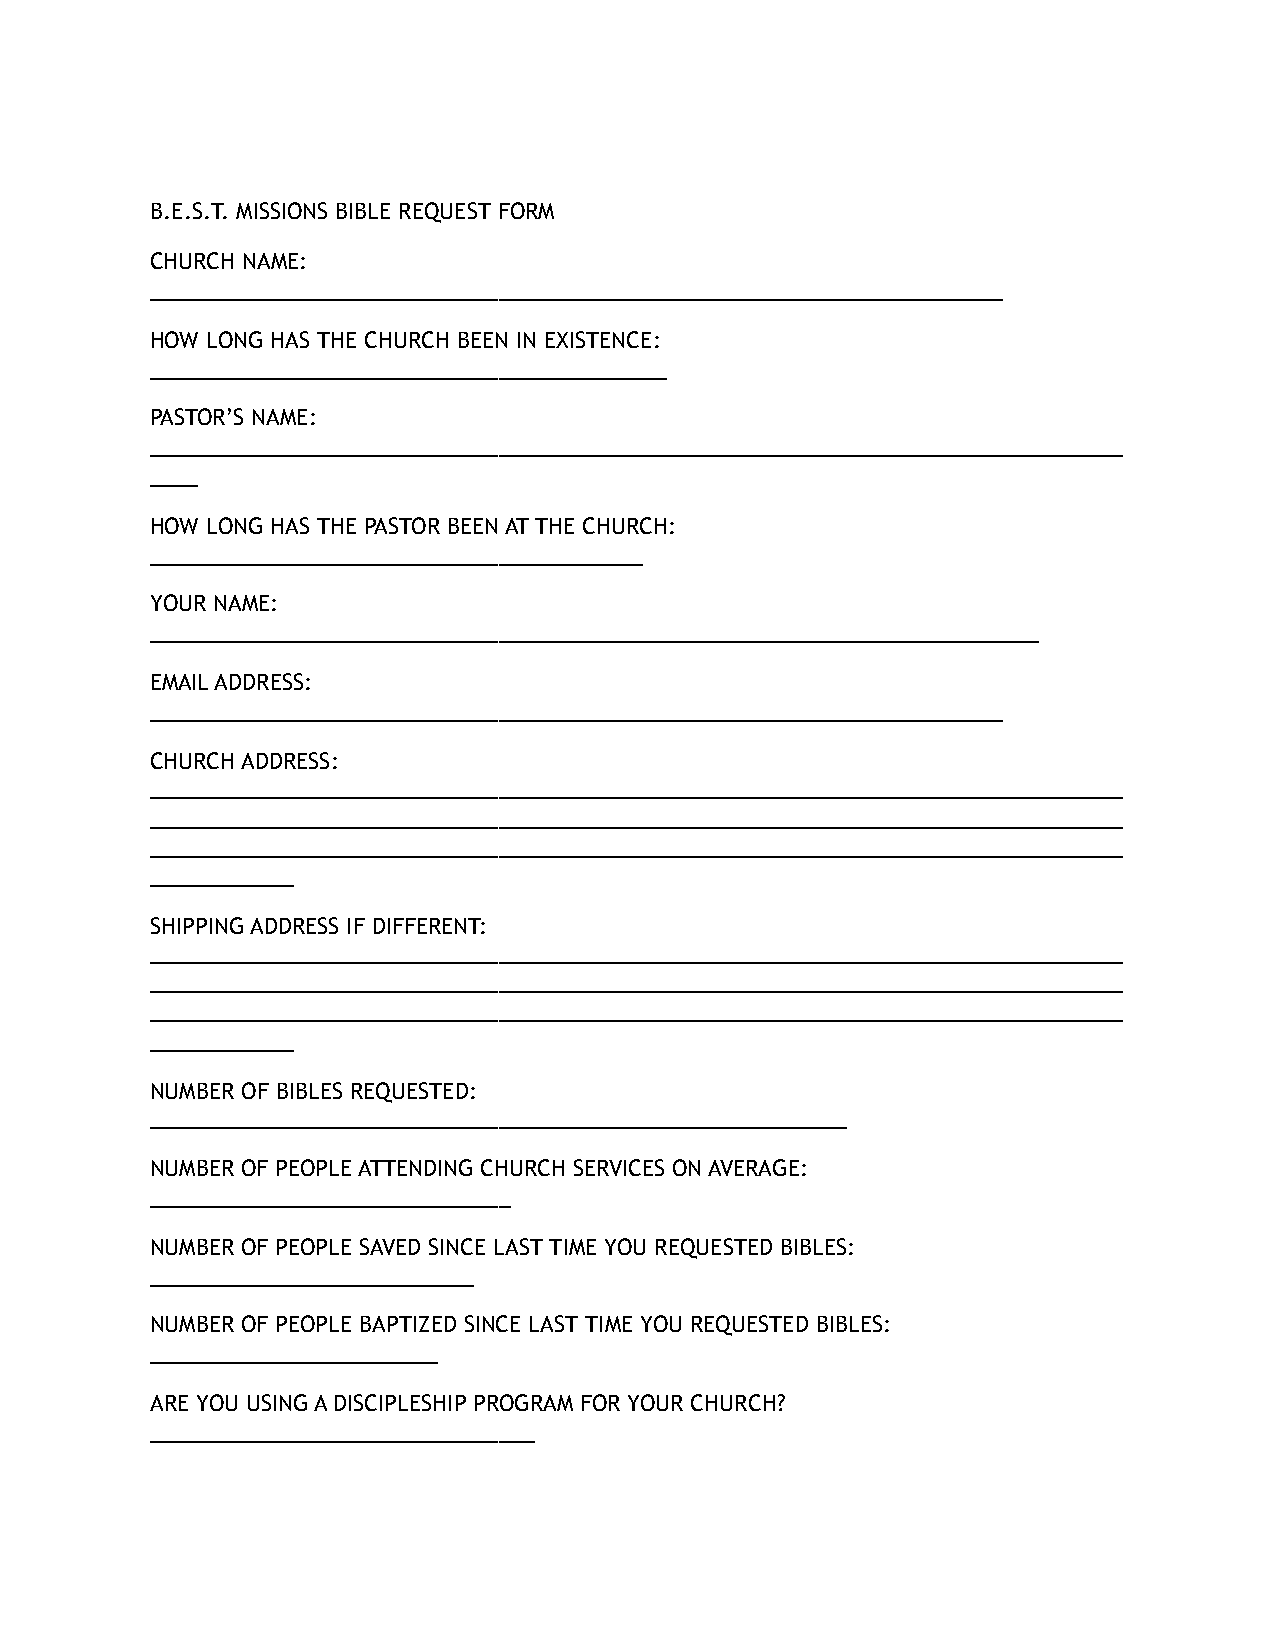
B.E.S.T. MISSIONS BIBLE REQUEST FORM
 CHURCH NAME:
 _______________________________________________________________________
 HOW LONG HAS THE CHURCH BEEN IN EXISTENCE:
 ___________________________________________
 PASTOR’S NAME:
 _________________________________________________________________________________
 ____
 HOW LONG HAS THE PASTOR BEEN AT THE CHURCH:
 _________________________________________
 YOUR NAME:
 __________________________________________________________________________
 EMAIL ADDRESS:
 _______________________________________________________________________
 CHURCH ADDRESS:
 _________________________________________________________________________________
 _________________________________________________________________________________
 _________________________________________________________________________________
 ____________
 SHIPPING ADDRESS IF DIFFERENT:
 _________________________________________________________________________________
 _________________________________________________________________________________
 _________________________________________________________________________________
 ____________
 NUMBER OF BIBLES REQUESTED:
 __________________________________________________________
 NUMBER OF PEOPLE ATTENDING CHURCH SERVICES ON AVERAGE:
 ______________________________
 NUMBER OF PEOPLE SAVED SINCE LAST TIME YOU REQUESTED BIBLES:
 ___________________________
 NUMBER OF PEOPLE BAPTIZED SINCE LAST TIME YOU REQUESTED BIBLES:
 ________________________
 ARE YOU USING A DISCIPLESHIP PROGRAM FOR YOUR CHURCH?
 ________________________________